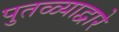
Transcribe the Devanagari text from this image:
पुतळ्याद्वारे